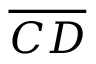
\overline { { C D } }